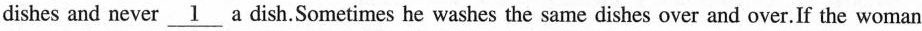
dishes and never \underline{1} a dish.Sometimes he washes the same dishes over and over.If the woman